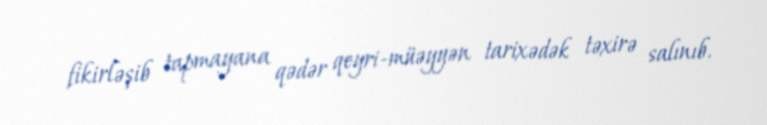
fikirləşib tapmayana qədər qeyri-müəyyən tarixədək təxirə salınıb.